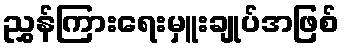
ညွှန်ကြားရေးမှူးချုပ်အဖြစ်